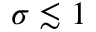
\sigma \lesssim 1